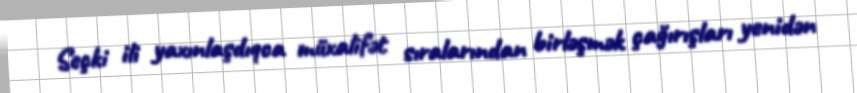
Seçki ili yaxınlaşdıqca müxalifət sıralarından birləşmək çağırışları yenidən